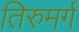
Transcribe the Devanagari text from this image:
तिरुमर्ग